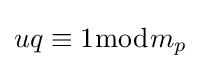
uq\equiv 1{\bmod {m_{p}}}